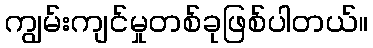
ကျွမ်းကျင်မှုတစ်ခုဖြစ်ပါတယ်။